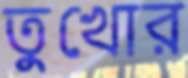
তুখোর